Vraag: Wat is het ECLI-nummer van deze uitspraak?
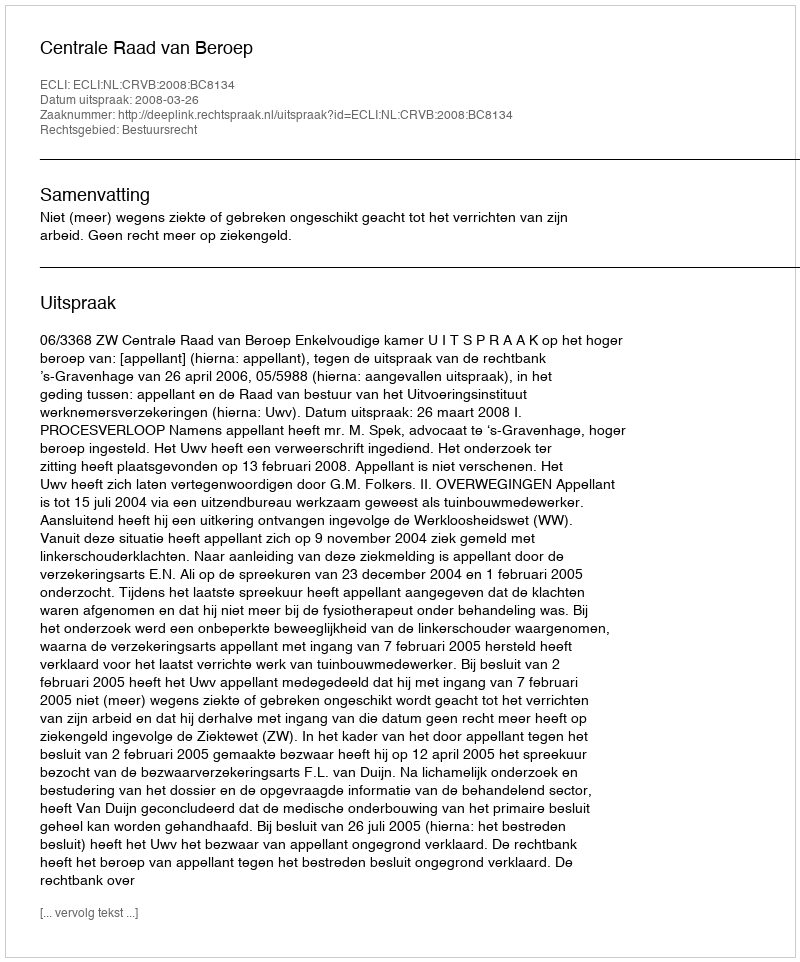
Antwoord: ECLI:NL:CRVB:2008:BC8134